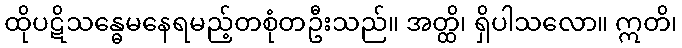
ထိုပဋိသန္ဓေမနေရမည့်တစုံတဦးသည်။ အတ္ထိ၊ ရှိပါသလော။ ဣတိ၊